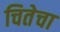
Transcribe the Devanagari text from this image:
चितेचा